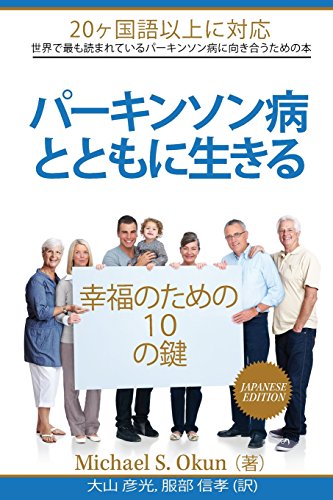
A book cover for Parkinson's Treatment Japanese Edition: 10 Secrets to a Happier Life: Parkinson's Disease Japanese Translation; Michael S Okun MD; Health, Fitness & Dieting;